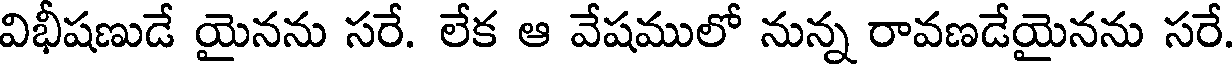
విభీషణుడే యైనను సరే. లేక ఆ వేషములో నున్న రావణడేయైనను సరే